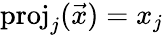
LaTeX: \mathrm{proj}_{j}({\vec{x}})=x_{j}